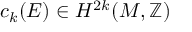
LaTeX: c _ { k } ( E ) \in H ^ { 2 k } ( M , \mathbb { Z } )